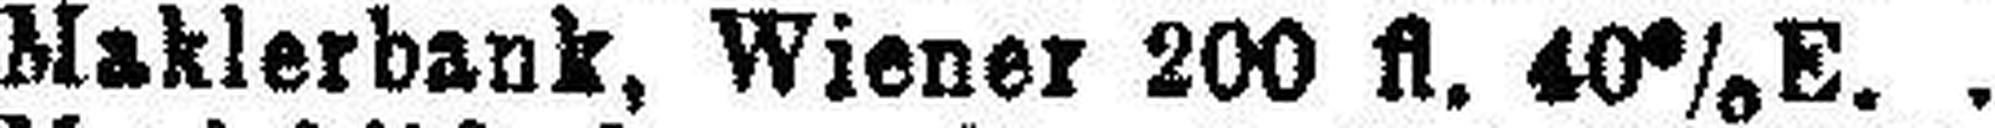
Maklerbank, Wiener 200 fl. 40% E.